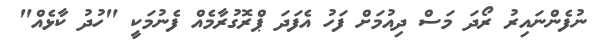
ނުފެންނައިރު ރޯދަ މަސް ދިއުމަށް ފަހު އެފަދަ ޕްރޮގުރާމެއް ފެނުމަކީ "ހުދު ކާޅެއް"